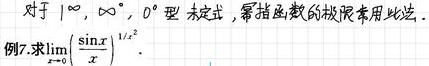
对于 \(1^{\infty}\)，\(\infty^{0}\)，\(0^{0}\) 型未定式，幂指函数的极限常用此法.
例7. 求\(\lim_{x \to 0} \left(\frac{\sin x}{x}\right)^{1/x^{2}}\).